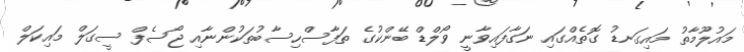
މައުލޫމާތު މައިގަނޑު ގޮތެއްގައި ނަގާފައިވާނީ ވޯލްޑް ބޭންކުގެ ތަފާސްހިސާބުތަކުންނާއި ޖޯސެފް ސީގަލް މައިކަލް